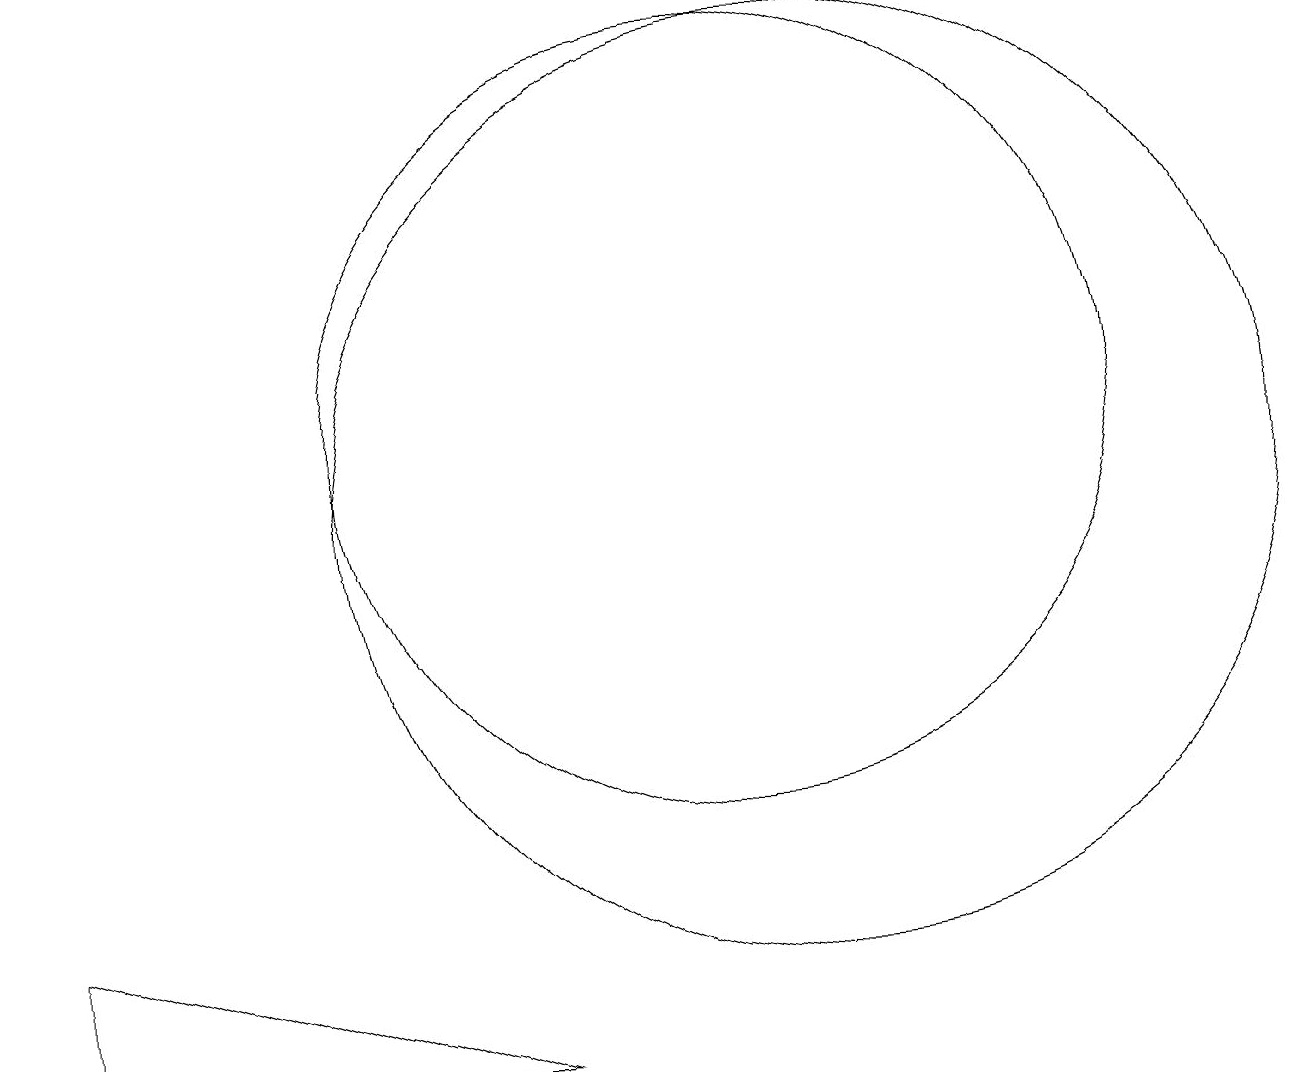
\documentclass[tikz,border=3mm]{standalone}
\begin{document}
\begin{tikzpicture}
\draw (10,11) circle (5);
\draw (1,3) -- (1,5) -- (7,3) -- cycle;
\draw (11,10) circle (6);
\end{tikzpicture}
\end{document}